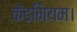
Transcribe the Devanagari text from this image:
कैडमियम।